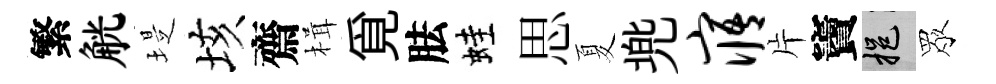
繁觥堤垓齋楫覓胠蛙思夏兠寤片竇挹眾